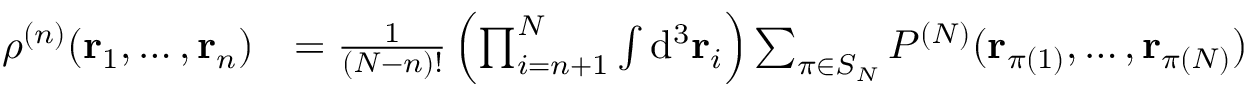
{ \begin{array} { r l } { \rho ^ { ( n ) } ( \mathbf { r } _ { 1 } , \ldots , \mathbf { r } _ { n } ) } & { = { \frac { 1 } { ( N - n ) ! } } \left( \prod _ { i = n + 1 } ^ { N } \int \mathrm { d } ^ { 3 } \mathbf { r } _ { i } \right) \sum _ { \pi \in S _ { N } } P ^ { ( N ) } ( \mathbf { r } _ { \pi ( 1 ) } , \ldots , \mathbf { r } _ { \pi ( N ) } ) } \end{array} }